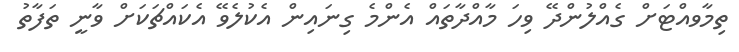
ތިމާވއްޓަށް ގެއްލުންދޭ ވިހަ މާއްދާތައް އެންމެ ގިނައިން އެކުލެވޭ އެކައްޗަކަށް ވާނީ ތަފާތު